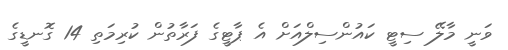
ވަނީ މާލޭ ސިޓީ ކައުންސިލްއަށް އެ ޕާޓީގެ ފަރާތުން ކުރިމަތި 14 ގޮނޑީގެ